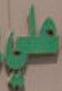
علي